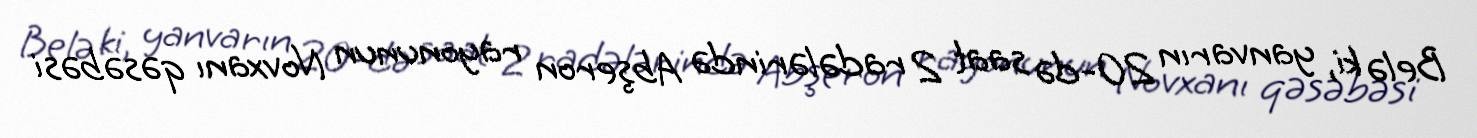
Belə ki, yanvarın 20-də saat 2 radələrində Abşeron rayonunun Novxanı qəsəbəsi